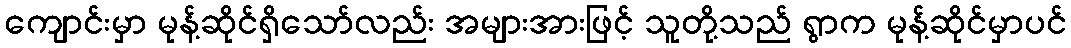
ကျောင်းမှာ မုန့်ဆိုင်ရှိသော်လည်း အများအားဖြင့် သူတို့သည် ရွာက မုန့်ဆိုင်မှာပင်